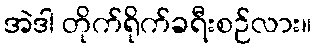
အဲဒါ တိုက်ရိုက်ခရီးစဉ်လား။